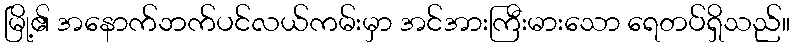
မြို့၏ အနောက်ဘက်ပင်လယ်ကမ်းမှာ အင်အားကြီးမားသော ရေတပ်ရှိသည်။